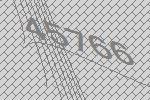
45766